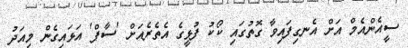
ސީއެންއެމް އަށް އެނގިފައިވާ ގޮތުގައި ކޯކު ފުޅީގެ އެތެރެއަށް 'ސާފް' އަޅައިގެން މިއަދު